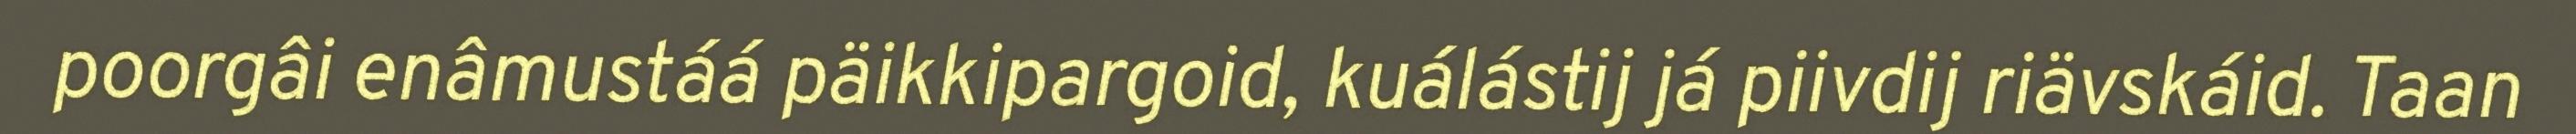
poorgâi enâmustáá päikkipargoid, kuálástij já piivdij riävskáid. Taan